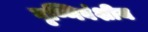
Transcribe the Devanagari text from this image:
वृष्णिवंशीय